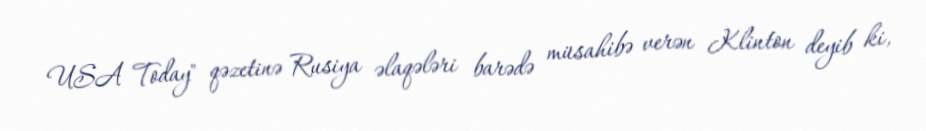
USA Today" qəzetinə Rusiya əlaqələri barədə müsahibə verən Klinton deyib ki,